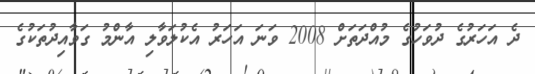
ދެ އަހަރުގެ ދުވަހުގެ މުއްދަތަށް 2008 ވަނަ އަހަރު އެކުލަވާލި އާންމު ގަވާއިދުތަކުގެ